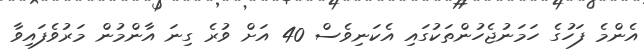
އެންމެ ފަހުގެ ހަމަނުޖެހުންތަކުގައި އެކަނިވެސް 40 އަށް ވުރެ ގިނަ އާންމުން މަރުވެފައިވާ